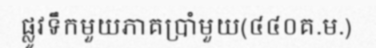
ផ្លូវទឹកមួយភាគប្រាំមួយ(៤៤០គ.ម.)